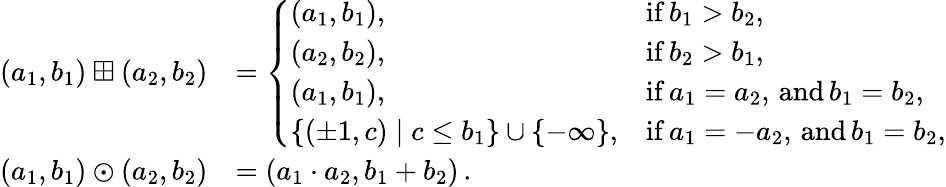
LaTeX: \begin{array}{rl}{(a_{1},b_{1})\boxplus(a_{2},b_{2})}&{=\left\{ \begin{array}{ll}{(a_{1},b_{1}),}&{\mathrm{if}\, b_{1}>b_{2},}\\ {(a_{2},b_{2}),}&{\mathrm{if}\, b_{2}>b_{1},}\\ {(a_{1},b_{1}),}&{\mathrm{if}\, a_{1}=a_{2},\, \mathrm{and}\, b_{1}=b_{2},}\\ {\{ (\pm 1,c)\mid c\leq b_{1}\} \cup\{ -\infty\} ,}&{\mathrm{if}\, a_{1}=-a_{2},\, \mathrm{and}\, b_{1}=b_{2},}\end{array}\right.}\\ {(a_{1},b_{1})\odot(a_{2},b_{2})}&{=(a_{1}\cdot a_{2},b_{1}+b_{2})\, .}\end{array}